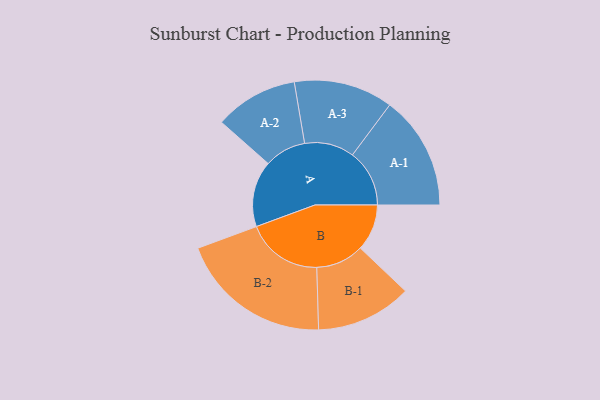
{"axis": {"x": "Segment", "y": "Value"}, "legend": ["", "A", "B"], "data": [{"x": "A", "y": 241, "type": ""}, {"x": "B", "y": 170, "type": ""}, {"x": "A-1", "y": 208, "type": "A"}, {"x": "A-2", "y": 152, "type": "A"}, {"x": "A-3", "y": 181, "type": "A"}, {"x": "B-1", "y": 175, "type": "B"}, {"x": "B-2", "y": 279, "type": "B"}]}